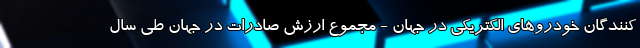
کنندگان خودروهای الکتریکی در جهان - مجموع ارزش صادرات در جهان طی سال